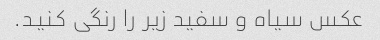
عکس سیاه و سفید زیر را رنگی کنید.